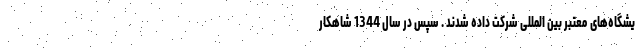
یشگاه‌های معتبر بین المللی شرکت داده شدند . سپس در سال 1344 شاهکار